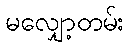
မလျှော့တမ်း